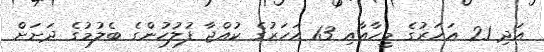
އަދި 21 އަހަރުގެ މީހާއާއި 13 އަހަރުގެ ކުއްޖާ ފުލުހުންގެ ބެލުމުގެ ދަށަށް